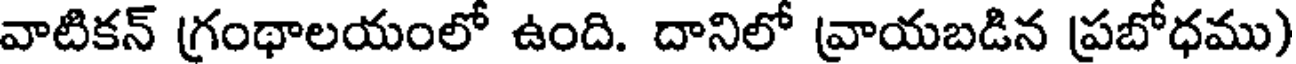
వాటికన్ గ్రంథాలయంలో ఉంది. దానిలో వ్రాయబడిన ప్రబోధము)